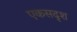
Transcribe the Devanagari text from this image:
एकसदृश